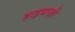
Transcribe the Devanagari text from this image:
हाइवाज़ी